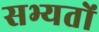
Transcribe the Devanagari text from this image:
सभ्यतों